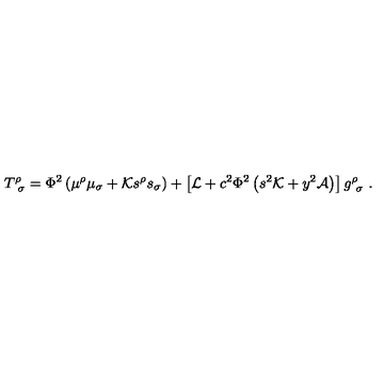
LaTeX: T _ { \ \sigma } ^ { \rho } = \Phi ^ { 2 } \left( \mu ^ { \rho } \mu _ { \sigma } + { \cal K } s ^ { \rho } s _ { \sigma } \right) + \left[ { \cal L } + c ^ { 2 } \Phi ^ { 2 } \left( s ^ { 2 } { \cal K } + y ^ { 2 } { \cal A } \right) \right] g _ { \ \sigma } ^ { \rho } \ .